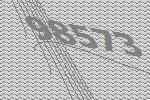
98573